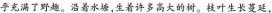
乎充满了野趣。沿着水塘,生着许多高大的树。枝叶生长蔓延，